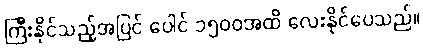
ကြီးနိုင်သည့်အပြင် ပေါင် ၁၅၀၀အထိ လေးနိုင်ပေသည်။